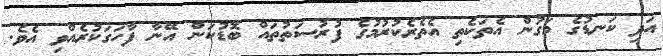
އަދި ކަނޑުގެ މަގުން އެތަކެތި އެތެރެކުރުމުގެ ފުރުސަތުތައް ބޮޑުކަން އޭނާ ފާހަގަކުރެއްވި އެވެ.